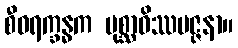
စီဝရက္ခန္ဓက ပုစ္ဆာဝိဿပဇ္ဇနာ။